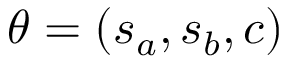
\theta = ( s _ { a } , s _ { b } , c )